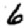
Digit: 6